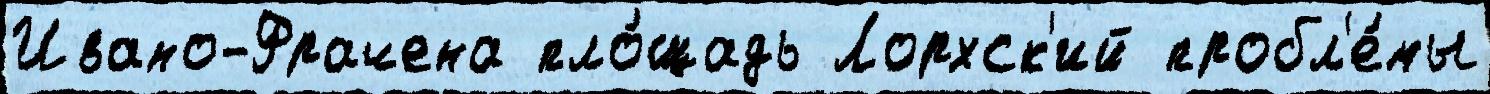
Ивано-Фрачена пло́щадь Лорхск'ий пробл'е́мы